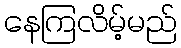
နေကြလိမ့်မည်